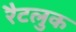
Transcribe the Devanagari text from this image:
रैटलुक